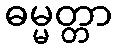
ဓမ္မတ္တာ